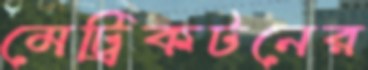
মেট্রিকটনের